DOW-UAP-D49, Launch Summary, Vandenberg AFB, 2000
Agency: Department of War
Incident date: 2/3/00
Page 94
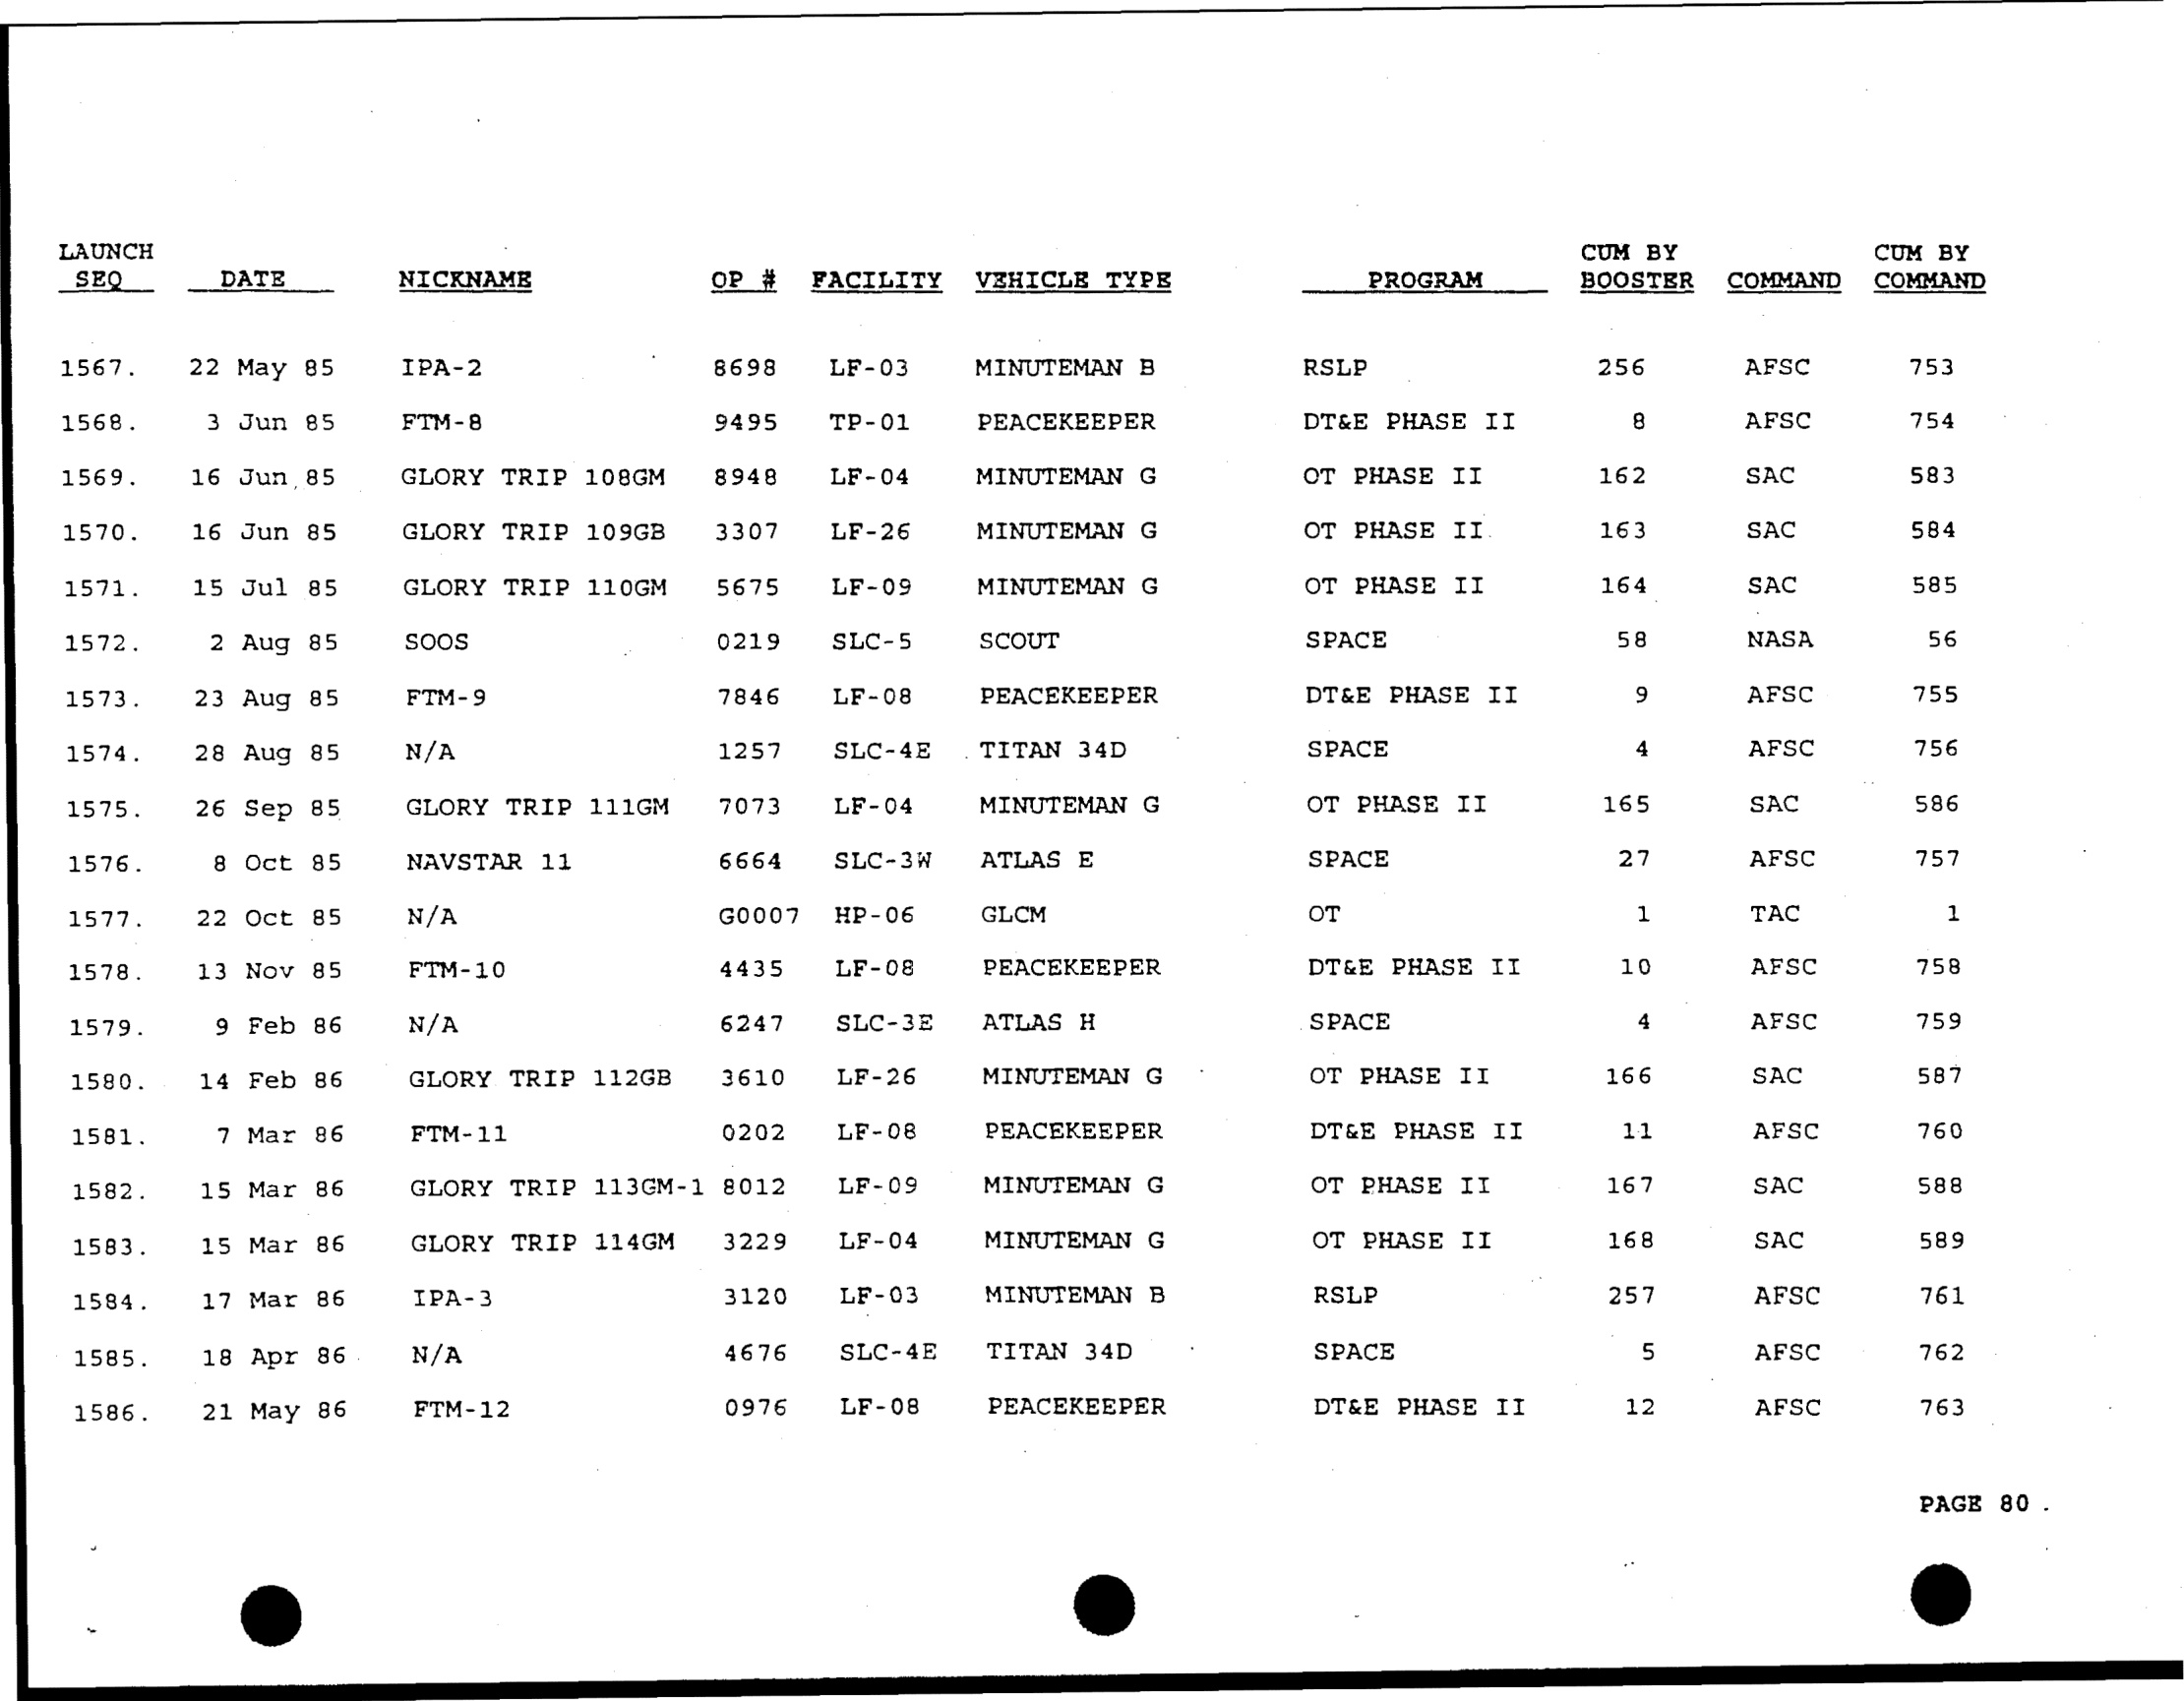